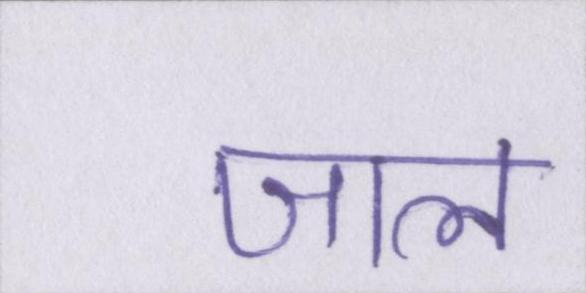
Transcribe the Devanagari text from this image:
जाल